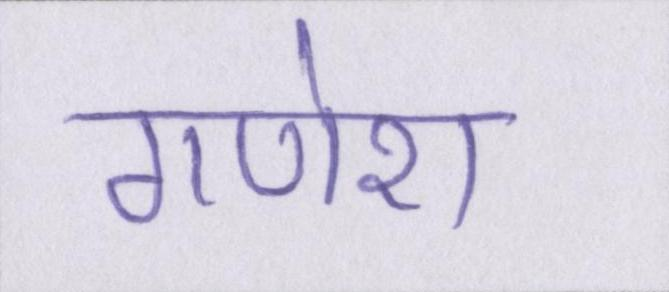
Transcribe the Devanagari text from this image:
गणेश